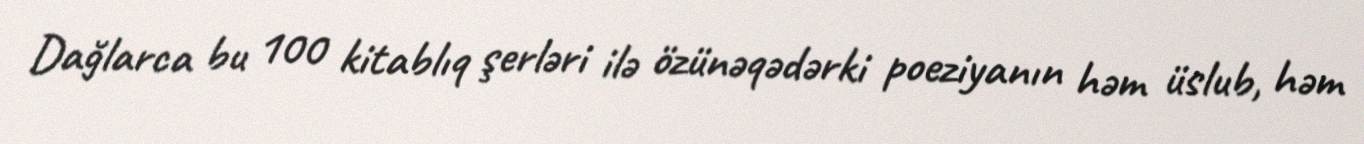
Dağlarca bu 100 kitablıq şerləri ilə özünəqədərki poeziyanın həm üslub, həm